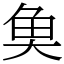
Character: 𩵋